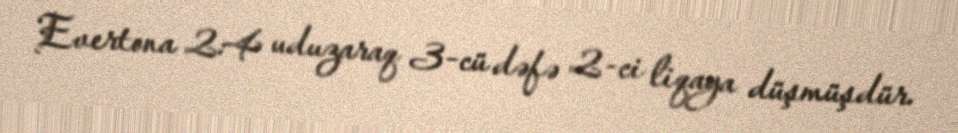
Evertona 2:4 uduzaraq 3-cü dəfə 2-ci liqaya düşmüşdür.